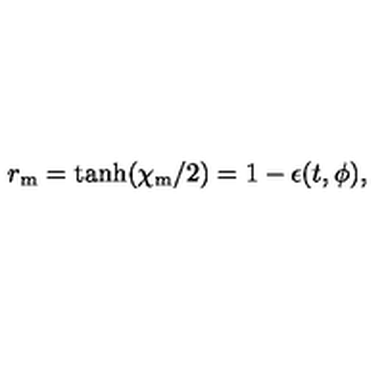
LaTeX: r _ { \mathrm { m } } = \tanh ( \chi _ { \mathrm { m } } / 2 ) = 1 - \epsilon ( t , \phi ) ,